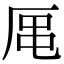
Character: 𪠈